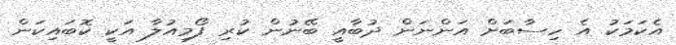
އެކަމަކު އެ ހިސާބަށް އަންނަން ދުބާއީ ބޭނުން ކުރި ފޯމިއުލާ އަކީ ކޮބައިކަން